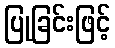
ပြုခြင်းဖြင့်